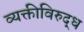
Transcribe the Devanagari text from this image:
व्यक्तीविरुद्ध